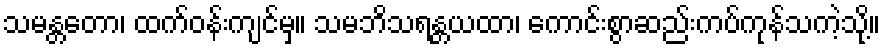
သမန္တတော၊ ထက်ဝန်းကျင်မှ။ သမဘိသရန္တယထာ၊ ကောင်းစွာဆည်းကပ်ကုန်သကဲ့သို့။